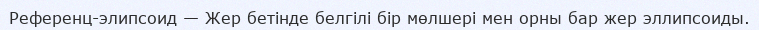
Референц-элипсоид — Жер бетінде белгілі бір мөлшері мен орны бар жер эллипсоиды.